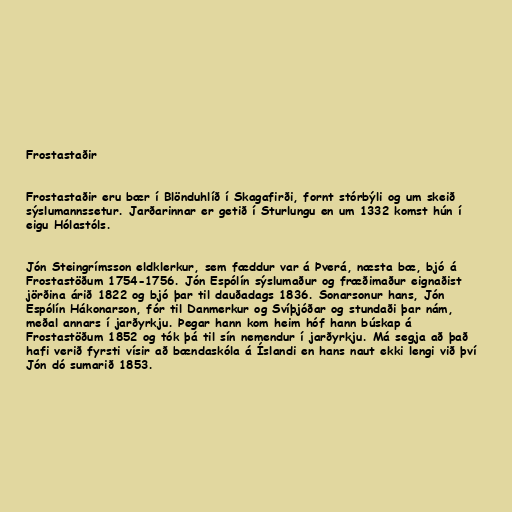
Frostastaðir

Frostastaðir eru bær í Blönduhlíð í Skagafirði, fornt stórbýli og um skeið
sýslumannssetur. Jarðarinnar er getið í Sturlungu en um 1332 komst hún í
eigu Hólastóls.

Jón Steingrímsson eldklerkur, sem fæddur var á Þverá, næsta bæ, bjó á
Frostastöðum 1754-1756. Jón Espólín sýslumaður og fræðimaður eignaðist
jörðina árið 1822 og bjó þar til dauðadags 1836. Sonarsonur hans, Jón
Espólín Hákonarson, fór til Danmerkur og Svíþjóðar og stundaði þar nám,
meðal annars í jarðyrkju. Þegar hann kom heim hóf hann búskap á
Frostastöðum 1852 og tók þá til sín nemendur í jarðyrkju. Má segja að það
hafi verið fyrsti vísir að bændaskóla á Íslandi en hans naut ekki lengi við því
Jón dó sumarið 1853.